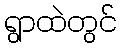
ရွာထဲတွင်